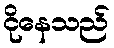
ငိုနေသည်